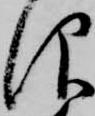
仰